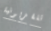
تلفزيونية